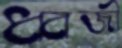
ধ্বজী